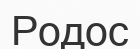
Родос